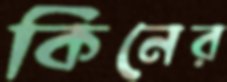
কিনের